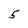
Character: 5